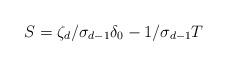
LaTeX: \begin{align*}S = \zeta_d/\sigma_{d-1}\delta_0 - 1/\sigma_{d-1} T\end{align*}